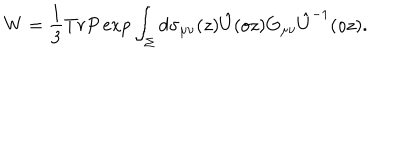
LaTeX: W = \frac { 1 } { 3 } T r P \exp \int _ { \Sigma } d \sigma _ { \mu \nu } ( z ) \hat { U } ( o z ) G _ { \mu \nu } \hat { U } ^ { - 1 } ( o z ) .